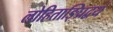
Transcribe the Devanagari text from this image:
लोहिताङ्घ्रिद्वयं